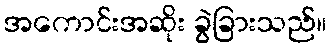
အကောင်းအဆိုး ခွဲခြားသည်။